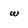
Character: w